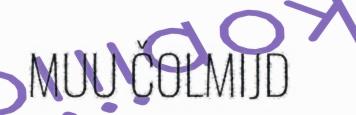
MUU ČOLMIJD